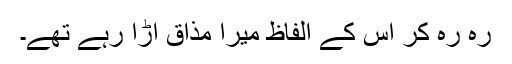
رہ رہ کر اس کے الفاظ میرا مذاق اڑا رہے تھے۔